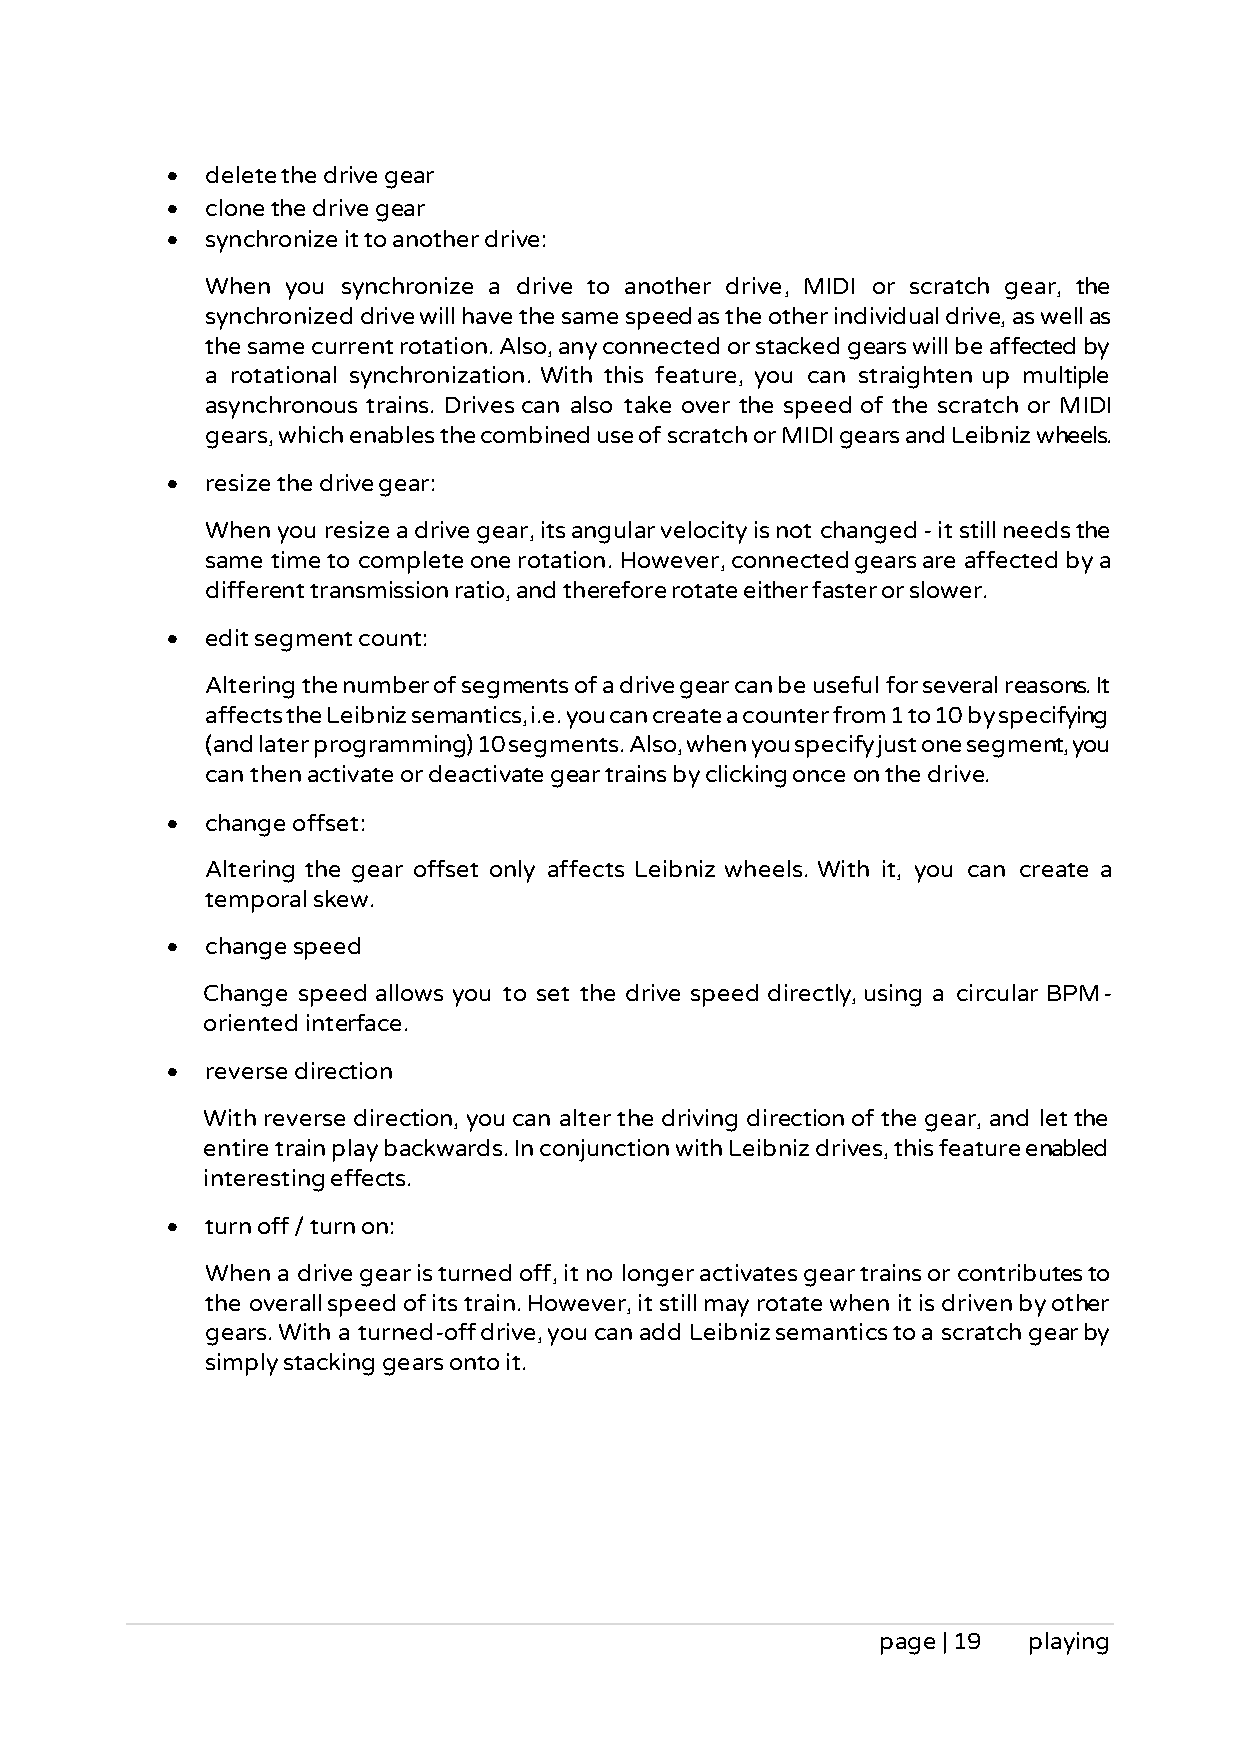
•  delete the drive gear
 •  clone the drive gear
 •  synchronize it to another drive:
 When you synchronize a drive to another drive, MIDI or scratch gear, the
 synchronized drive will have the same speed as the other individual drive, as well as
 the same current rotation. Also, any connected or stacked gears will be affected by
 a rotational synchronization. With this feature, you can straighten up multiple
 asynchronous trains. Drives can also take over the speed of the scratch or MIDI
 gears, which enables the combined use of scratch or MIDI gears and Leibniz wheels.
 •  resize the drive gear:
 When you resize a drive gear, its angular velocity is not changed - it still needs the
 same time to complete one rotation. However, connected gears are affected by a
 different transmission ratio, and therefore rotate either faster or slower.
 •  edit segment count:
 Altering the number of segments of a drive gear can be useful for several reasons. It
 affects the Leibniz semantics, i.e. you can create a counter from 1 to 10 by specifying
 (and later programming) 10 segments. Also, when you specify just one segment, you
 can then activate or deactivate gear trains by clicking once on the drive.
 •  change offset:
 Altering the gear offset only affects Leibniz wheels. With it, you can create a
 temporal skew.
 •  change speed
 Change speed allows you to set the drive speed directly, using a circular BPM-
 oriented interface.
 •  reverse direction
 With reverse direction, you can alter the driving direction of the gear, and let the
 entire train play backwards. In conjunction with Leibniz drives, this feature enabled
 interesting effects.
 •  turn off / turn on:
 When a drive gear is turned off, it no longer activates gear trains or contributes to
 the overall speed of its train. However, it still may rotate when it is driven by other
 gears. With a turned-off drive, you can add Leibniz semantics to a scratch gear by
 simply stacking gears onto it.
 page | 19 playing